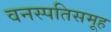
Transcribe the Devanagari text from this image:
वनस्पतिसमूह